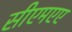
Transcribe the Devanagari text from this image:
सीएमएए